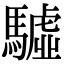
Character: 驉